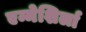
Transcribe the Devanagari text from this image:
एम्मेशिर्ला